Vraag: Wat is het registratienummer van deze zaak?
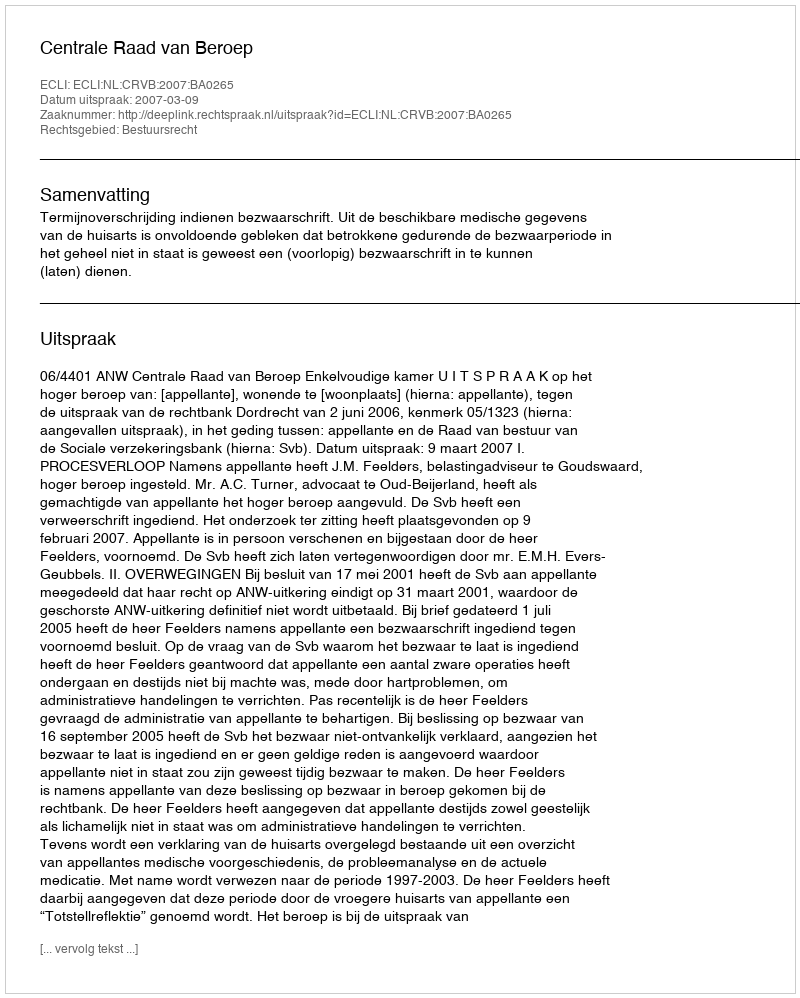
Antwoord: http://deeplink.rechtspraak.nl/uitspraak?id=ECLI:NL:CRVB:2007:BA0265